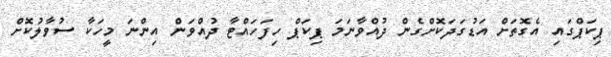
ޕިކަޕްގައި އެގޮތަށް އަޑުގަދަކޮށްގެން ދުއްވާނަމަ ޕިކަޕް ހިފަހައްޓާ ދުއްވަން އިންނަ މީހަކާ ސުވާލުކޮށް